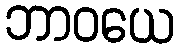
ဘာဝယေ